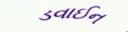
ડવાઈન